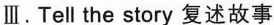
Ⅲ. Tell the story 复述故事